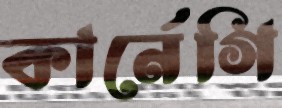
কার্নেগি